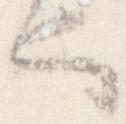
也